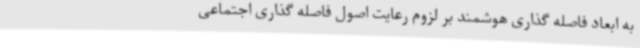
به ابعاد فاصله گذاری هوشمند بر لزوم رعایت اصول فاصله گذاری اجتماعی